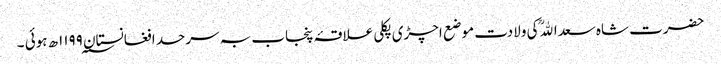
حضرت شاہ سعداﷲؒ کی ولادت موضع اچڑی پکلی علاقۂ پنجاب بہ سرحد افغانستان ۱۱۹۹؁ھ ہوئی ۔